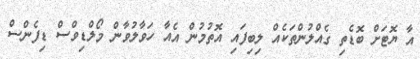
އާ ޔޮޓަށް ބޮޑެތި ގެއްލުންތަކެއް ލިބިފައި އޮތުމުން އެއާ ހަވާލުވާން މޯލްޑިވްސް ޑިފެންސް